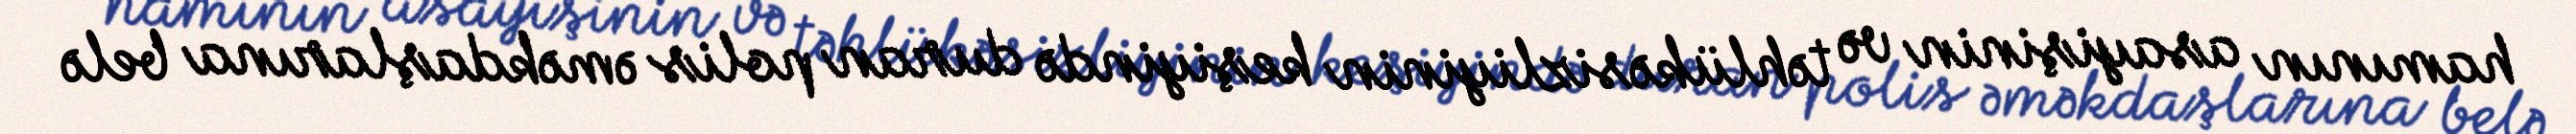
hamının asayişinin və təhlükəsizliyinin keşiyində duran polis əməkdaşlarına belə